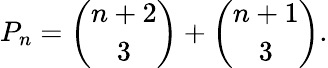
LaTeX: P_{n}={\binom{n+2}{3}}+{\binom{n+1}{3}}.